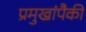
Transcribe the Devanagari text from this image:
प्रमुखांपैकी